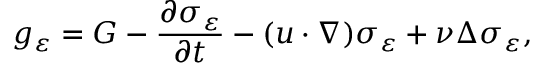
g _ { \varepsilon } = G - \frac { \partial \sigma _ { \varepsilon } } { \partial t } - ( u \cdot \nabla ) \sigma _ { \varepsilon } + \nu \Delta \sigma _ { \varepsilon } ,